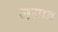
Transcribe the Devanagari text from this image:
जयान